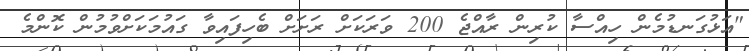
"އަޅުގަނޑުމެން ހިއްސާ ކުރިން ރާއްޖެ 200 ވަރަކަށް ރަށަށް ބެހިފައިވާ ގައުމަކަށްވުމުން ކޮންމެ